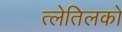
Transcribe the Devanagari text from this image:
त्लेतिलको